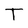
Character: T